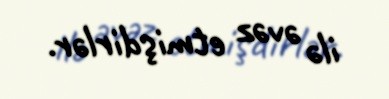
ilə əvəz etmişdirlər.